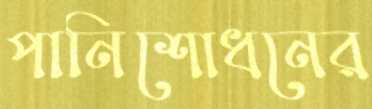
পানিশোধনের